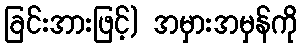
ခြင်းအားဖြင့်) အမှားအမှန်ကို